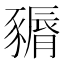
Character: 𧱽